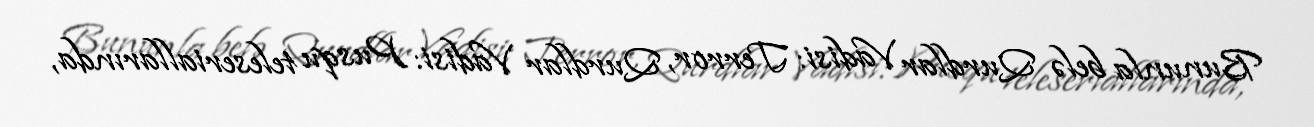
Bununla belə Qurdlar Vadisi: Terror, Qurdlar Vadisi: Pusqu teleseriallarında,